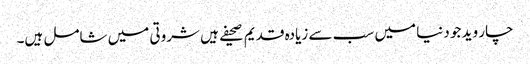
چار وید جو دنیا میں سب سے زیادہ قدیم صحیفے ہیں شروتی میں شامل ہیں۔